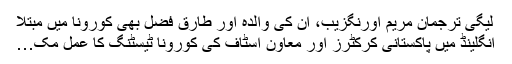
لیگی ترجمان مریم اورنگزیب، ان کی والدہ اور طارق فضل بھی کورونا میں مبتلا
انگلینڈ میں پاکستانی کرکٹرز اور معاون اسٹاف کی کورونا ٹیسٹنگ کا عمل مک…